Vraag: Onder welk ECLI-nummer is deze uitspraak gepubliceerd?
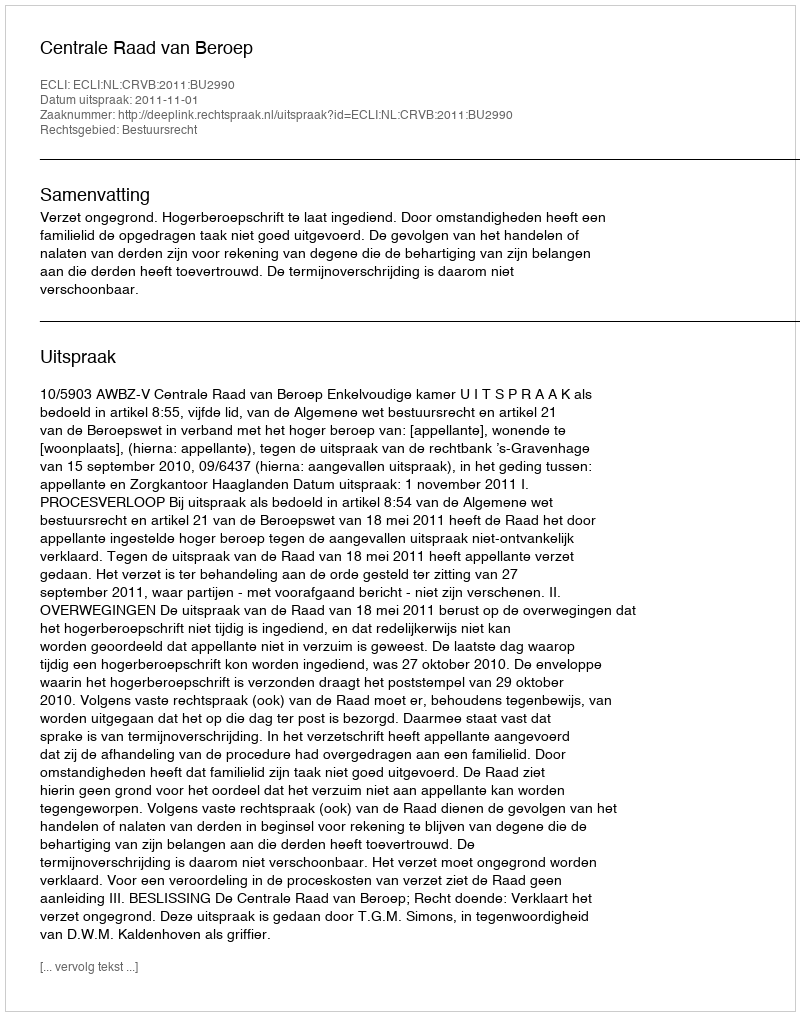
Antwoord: ECLI:NL:CRVB:2011:BU2990